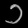
Digit: ၁